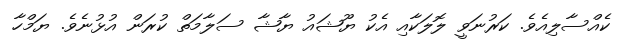
ކެއްސާލިއެވެ. ކަރުނަވީ ލޮލަކާއި އެކު ޔޫޝައު ޔާޝާ ސަލާމަތް ކުރަން އުޅުނެވެ. ޔަމްހާ